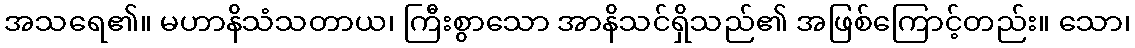
အသရေ၏။ မဟာနိသံသတာယ၊ ကြီးစွာသော အာနိသင်ရှိသည်၏ အဖြစ်ကြောင့်တည်း။ သော၊